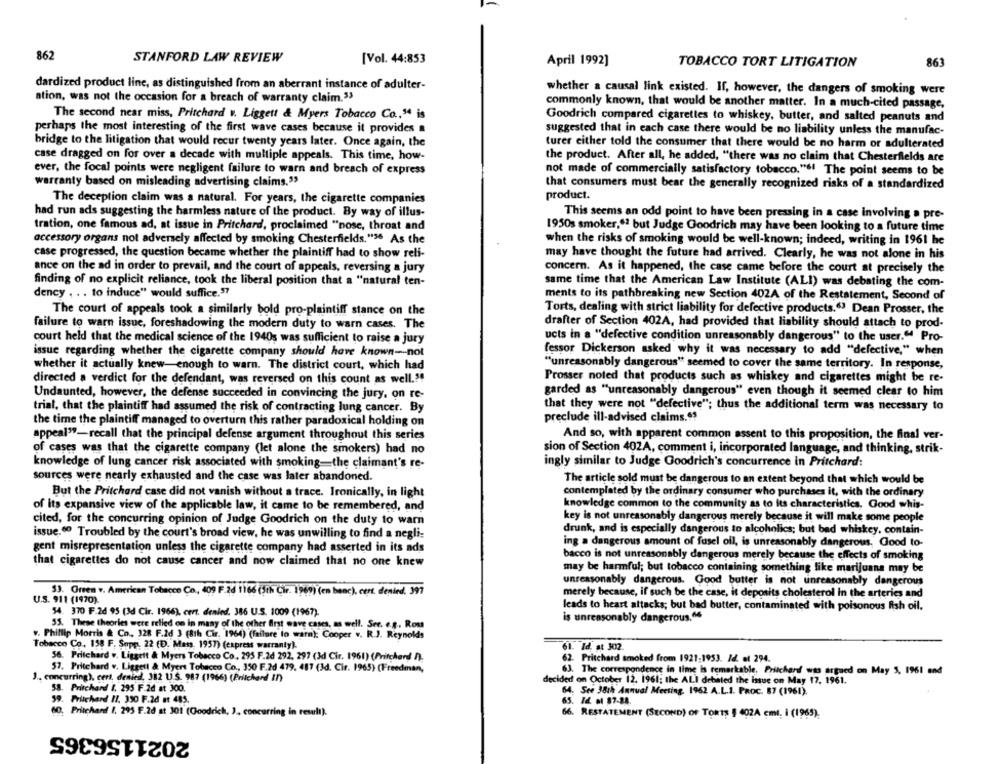
862
STANFORD LAW REVIEW
[Vol. 44:853
April 1992]
TOBACCO TORT LITIGATION
863
dardized product line, as distinguished from an aberrant instance of adulter-
whether a causal link existed. If, however, the dangers of smoking were
ation, was not the occasion for a breach of warranty claim.33
commonly known, that would be another matter. In a much-cited passage,
The second near miss, Pritchard v. Liggett & Myers Tobacco Co ., 54 is
Goodrich compared cigarettes to whiskey, butter, and salted peanuts and
perhaps the most interesting of the first wave cases because it provides a
suggested that in each case there would be no liability unless the manufac-
bridge to the litigation that would recur twenty years later. Once again, the
turer either told the consumer that there would be no harm or adulterated
case dragged on for over a decade with multiple appeals. This time, how-
the product. After all, he added, "there was no claim that Chesterfields are
ever, the focal points were negligent failure to warn and breach of express
not made of commercially satisfactory tobacco."6! The point seems to be
warranty based on misleading advertising claims."
that consumers must bear the generally recognized risks of a standardized
product.
The deception claim was a natural. For years, the cigarette companies
had run ads suggesting the harmless nature of the product. By way of illus-
This seems an odd point to have been pressing in a case involving a pre-
tration, one famous ad, at issue in Pritchard, proclaimed "nose, throat and
1950s smoker," but Judge Goodrich may have been looking to a future time
accessory organs not adversely affected by smoking Chesterfields."36 As the
when the risks of smoking would be well-known; indeed, writing in 1961 he
case progressed, the question became whether the plaintiff had to show reli-
may have thought the future had arrived. Clearly, he was not alone in his
ance on the ad in order to prevail, and the court of appeals, reversing a jury
concern. As it happened, the case came before the court at precisely the
finding of no explicit reliance, took the liberal position that a "natural ten-
same time that the American Law Institute (ALI) was debating the com-
dency . . . to induce" would suffice.37
ments to its pathbreaking new Section 402A of the Restatement, Second of
The court of appeals took a similarly bold pro-plaintiff stance on the
Torts, dealing with strict liability for defective products.63 Dean Prosser, the
failure to warn issue, foreshadowing the modern duty to warn cases. The
drafter of Section 402A, had provided that liability should attach to prod-
ucts in a "defective condition unreasonably dangerous" to the user." Pro-
court held that the medical science of the 1940s was sufficient to raise a jury
issue regarding whether the cigarette company should have known -- not
fessor Dickerson asked why it was necessary to add "defective," when
whether it actually knew-enough to warn. The district court, which had
"unreasonably dangerous" seemed to cover the same territory. In response,
directed a verdict for the defendant, was reversed on this count as well .?!
Prosser noted that products such as whiskey and cigarettes might be re-
Undaunted, however, the defense succeeded in convincing the jury, on re-
garded as "unreasonably dangerous" even though it seemed clear to him
that they were not "defective"; thus the additional term was necessary to
trial, that the plaintiff had assumed the risk of contracting lung cancer. By
preclude ill-advised claims.$?
the time the plaintiff managed to overturn this rather paradoxical holding on
appeal"-recall that the principal defense argument throughout this series
And so, with apparent common assent to this proposition, the final ver-
of cases was that the cigarette company (let alone the smokers) had no
sion of Section 402A, comment i, incorporated language, and thinking, strik-
knowledge of lung cancer risk associated with smoking-the claimant's re-
ingly similar to Judge Goodrich's concurrence in Pritchard:
sources were nearly exhausted and the case was later abandoned.
The article sold must be dangerous to an extent beyond that which would be
But the Pritchard case did not vanish without a trace. Ironically, in light
contemplated by the ordinary consumer who purchases it, with the ordinary
knowledge common to the community as to its characteristics, Good whis-
of its expansive view of the applicable law, it came to be remembered, and
cited, for the concurring opinion of Judge Goodrich on the duty to warn
key is not unreasonably dangerous merely because it will make some people
issue.6º Troubled by the court's broad view, he was unwilling to find a negli-
drunk, and is especially dangerous to alcoholics; but bad whiskey, contain-
ing a dangerous amount of fusel oil, is unreasonably dangerous, Good to-
gent misrepresentation unless the cigarette company had asserted in its ads
bacco is not unreasonably dangerous merely because the effects of smoking
that cigarettes do not cause cancer and now claimed that no one knew
may be harmful; but tobacco containing something like marijuana may be
unreasonably dangerous. Good butter is not unreasonably dangerous
33. Green v. American Tobacco Co ., 409 F.26 1166 (3th Cir. 1969) (en banc), cert denied. 991
merely because, if such be the case, it deposits cholesterol in the arteries and
U.S. 911 (1970).
54. 370 F 24 95 (3d Cir. 1966), cert. denied. 386 U.S. 1009 (1967).
leads to heart attacks; but bad butter, contaminated with poisonous fish oil.
is unreasonably dangerous.“
55. These theories were relied on in many of the other first wave cases, as well. See. e.g ., Rom
v. Phillip Morris & Co ., 328 F.2d 3 (8th Cir. 1964) (failure to warn): Cooper v. R.J. Reynolds
Tobacco Co. 138 F. Sopp. 22 (D. Mass. 1957) (express warranty).
61. Id. st 302.
56. Pritchard v. Liggett & Myers Tobacco Co. 295 F.2d 292, 297 (3d Cir. 1961) (Pritchard /).
62. Pritchard smoked from 1921-1953. Id. et 294.
57. Pritchard v. Liggett & Myers Tobacco Co ., 350 F.2d 479, 487 (Jd. Cir. 1965) (Freedman,
63. The correspondence in time is remarkable, Pritchard was argued on May 5, 1961 and
J .. concurring), cert, denied, 382 U.S. 987 (1966) (Pritchard In)
decided on October 12. 1961; the ALI debated the issue on May 17, 1961.
58. Pritchard I. 295 F.2d at 300.
64. See 38th Annual Meeting. 1962 A.L.1. PROC. 87 (1961).
59. Pritchard II. 350 F.2d at 485.
65. Id el 87-88.
60. Pritchard /. 295 F.2d at 301 (Goodrich, J, concurring in result).
66. RESTATEMENT (SECOND) OF TORTS $ 402A emt. i (1965)
2021156365